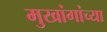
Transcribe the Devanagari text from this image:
मुखांगांच्या